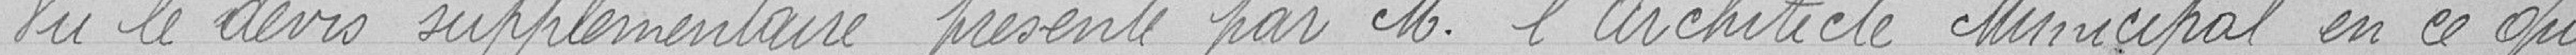
Vu le devis supplémentaire présenté par monsieur l'Architecte Municipal en ce qui